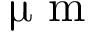
\upmu \textrm { m }